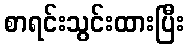
စာရင်းသွင်းထားပြီး